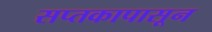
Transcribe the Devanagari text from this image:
सप्तकापासून